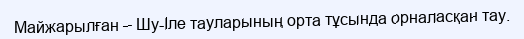
Майжарылған – Шу-Іле тауларының орта тұсында орналасқан тау.